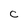
Character: c